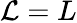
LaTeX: \mathcal{L}=L